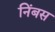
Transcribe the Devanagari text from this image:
निंबस